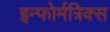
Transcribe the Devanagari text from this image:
इन्फोर्मत्रिक्स